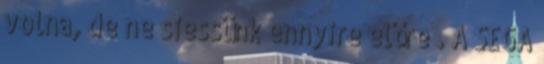
volna, de ne siessünk ennyire előre . A SEGA